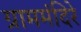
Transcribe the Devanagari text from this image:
ग्राममंदिरे